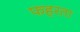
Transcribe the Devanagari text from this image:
फहरता